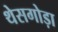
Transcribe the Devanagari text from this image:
थेसगोड़ा